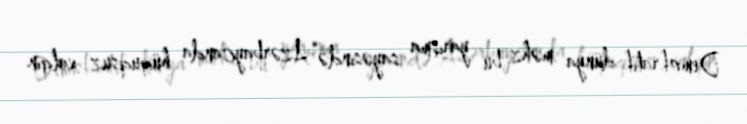
Demokratik dünya məhz bu yarışma sayəsində Azərbaycanda hüquqsuz xalqın